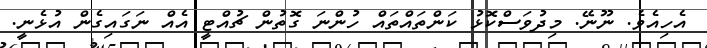
އެހިއެވެ. ނޫނޭ. މިދުވަސްކޮޅު ކަންތައްތައް ހުންނަ ގޮތުން ޗުއްޓީ އެއް ނަގައިގެން އުޅެނީ.